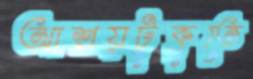
আশ্রয়টুকুতে